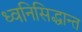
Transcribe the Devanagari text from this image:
ध्वनिसिद्धान्त